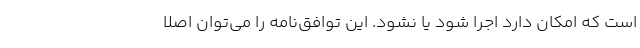
است که امکان دارد اجرا شود یا نشود. این توافق‌نامه را می‌توان اصلا